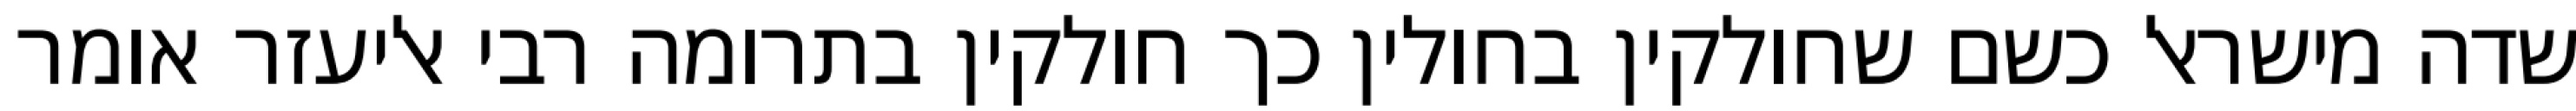
שדה מישראל כשם שחולקין בחולין כך חולקין בתרומה רבי אליעזר אומר